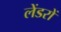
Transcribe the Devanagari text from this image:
लेंडरों